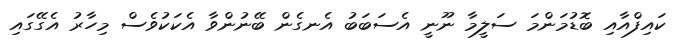
ކައިފްއާއި ބޮޑުމަންމަ ސަލީމާ ނޫނީ އެސަބަބު އެނގެން ބޭނުންވާ އެކަކުވެސް މިހާރު އެގޭގައި